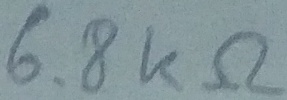
Text: 6.8KΩ